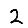
Digit: 2